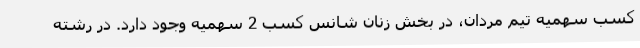
کسب سهمیه تیم مردان، در بخش زنان شانس کسب 2 سهمیه وجود دارد. در رشته